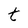
Character: t